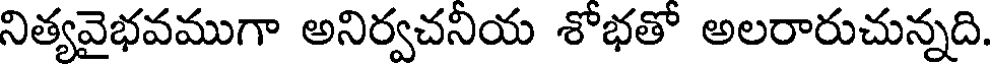
నిత్యవైభవముగా అనిర్వచనియ శోభతో అలరారుచున్నది.